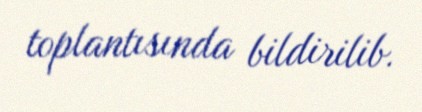
toplantısında bildirilib.